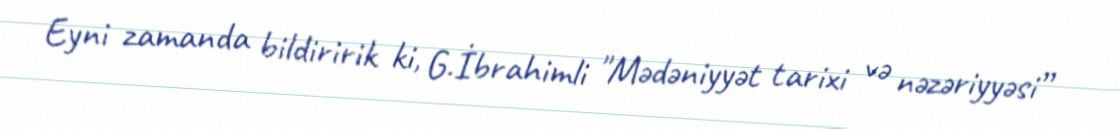
Eyni zamanda bildiririk ki, G.İbrahimli "Mədəniyyət tarixi və nəzəriyyəsi”